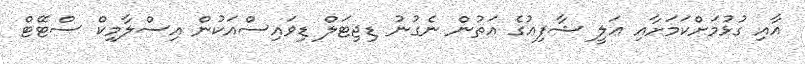
އާއި ގުޅުމަށްކަމަށާއި ޢަލީ ޝާފިޢުގެ އަތުން ނެގުނު ޑިޖިޓަލް ޑިވައިސްއަކުން އިސްލާމިކް ސްޓޭޓް